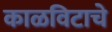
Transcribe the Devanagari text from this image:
काळविटाचे